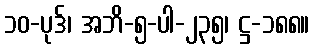
၁၀-ပုဒ်၊ အဘိ-၅-ပါ-၂၃၅၊ ဋ္ဌ-၁၈၈။